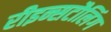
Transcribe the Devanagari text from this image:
रीइन्सटौलिंग